Indian journal of veterinary science and animal husbandry - Volumes 15-17, 1948-1951
Year: 1948
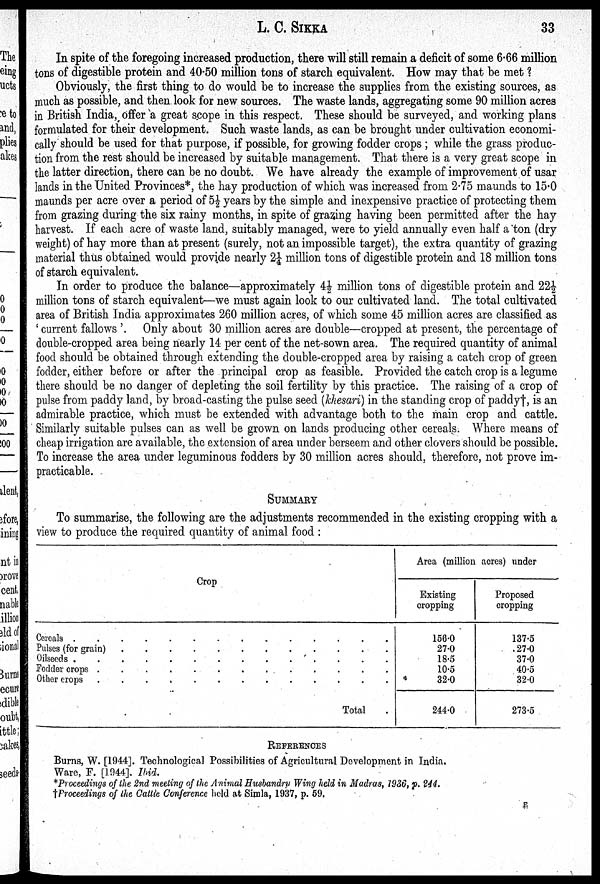
L. C. SIKKA
33
In spite of the foregoing increased production, there will still remain a deficit of some 6.66 million
tons of digestible protein and 40.50 million tons of starch equivalent. How may that be met ?
Obviously, the first thing to do would be to increase the supplies from the existing sources, as
much as possible, and then look for new sources. The waste lands, aggregating some 90 million acres
in British India, offer a great scope in this respect. These should be surveyed, and working plans
formulated for their development. Such waste lands, as can be brought under cultivation economi-
cally should be used for that purpose, if possible, for growing fodder crops; while the grass produc-
tion from the rest should be increased by suitable management. That there is a very great scope in
the latter direction, there can be no doubt. We have already the example of improvement of usar
lands in the United Provinces*, the hay production of which was increased from 2.75 maunds to 15.0
maunds per acre over a period of 5½ years by the simple and inexpensive practice of protecting them
from grazing during the six rainy months, in spite of grazing having been permitted after the hay
harvest. If each acre of waste land, suitably managed, were to yield annually even half a ton (dry
weight) of hay more than at present (surely, not an impossible target), the extra quantity of grazing
material thus obtained would provide nearly 2¼ million tons of digestible protein and 18 million tons
of starch equivalent.
In order to produce the balance—approximately 4½ million tons of digestible protein and 22½
million tons of starch equivalent—we must again look to our cultivated land. The total cultivated
area of British India approximates 260 million acres, of which some 45 million acres are classified as
'current fallows'. Only about 30 million acres are double—cropped at present, the percentage of
double-cropped area being nearly 14 per cent of the net-sown area. The required quantity of animal
food should be obtained through extending the double-cropped area by raising a catch crop of green
fodder, either before or after the principal crop as feasible. Provided the catch crop is a legume
there should be no danger of depleting the soil fertility by this practice. The raising of a crop of
pulse from paddy land, by broad-casting the pulse seed (khesari) in the standing crop of paddy†, is an
admirable practice, which must be extended with advantage both to the main crop and cattle.
Similarly suitable pulses can as well be grown on lands producing other cereals. Where means of
cheap irrigation are available, the extension of area under berseem and other clovers should be possible.
To increase the area under leguminous fodders by 30 million acres should, therefore, not prove im-
practicable.
SUMMARY
To summarise, the following are the adjustments recommended in the existing cropping with a
view to produce the required quantity of animal food:
Crop
Cereals . . . . . . . . . . . . . .
Pulses (for grain) . . . . . . . . . . . .
Oilseeds . . . . . . . . . . . .
Fodder crops . . . . . . . . . . . .
Other crops . . . . . . . . . . . .
Total
Area (million acres) under
Existing
cropping
156.0
27.0
18.5
10.5
32.0
244.0
Proposed
cropping
137.5
27.0
37.0
40.5
32.0
273.5
REFERENCES
Burns, W. [1944]. Technological Possibilities of Agricultural Development in India.
Ware, F. [1944]. Ibid.
*Proceedings of the 2nd meeting of the Animal Husbandry Wing held in Madras, 1936, p. 244.
†Proceedings of the Cattle Conference held at Simla, 1937, p. 59.
F